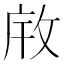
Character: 𫾯